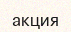
акция